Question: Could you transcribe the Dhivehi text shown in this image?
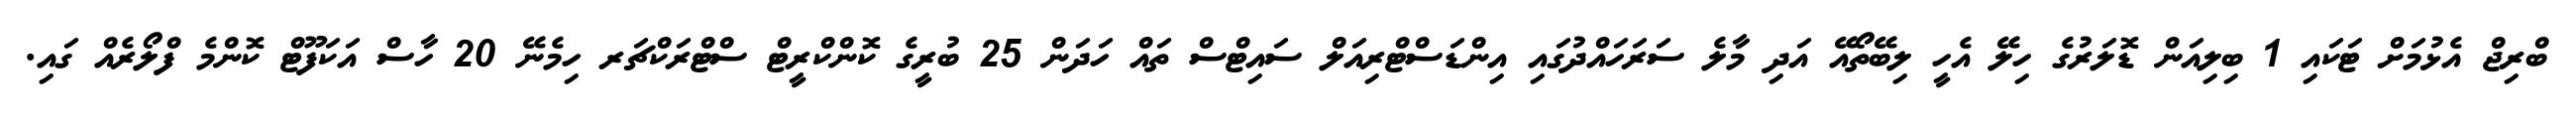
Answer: ބްރިޖް އެޅުމަށް ޓަކައި 1 ބިލިއަން ޑޮލަރުގެ ހިލޭ އެހީ ލިބޭތޯއޭ އަދި މާލެ ސަރަހައްދުގައި އިންޑަސްޓްރިއަލް ސައިޓްސް ތައް ހަދަން 25 ބުރީގެ ކޮންކްރީޓް ސްޓްރަކްޗަރ ހިމެނޭ 20 ހާސް އަކަފޫޓް ކޮންމެ ފްލޯރެއް ގައި.